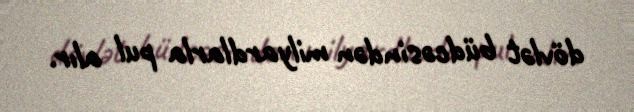
dövlət büdcəsindən milyardlarla pul alır.